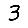
Digit: 3